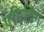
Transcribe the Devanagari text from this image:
एडिटिऺग